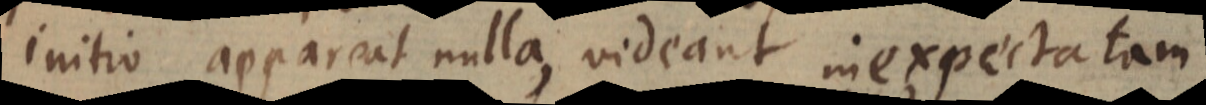
initio appareat nulla, videant inexpectatam